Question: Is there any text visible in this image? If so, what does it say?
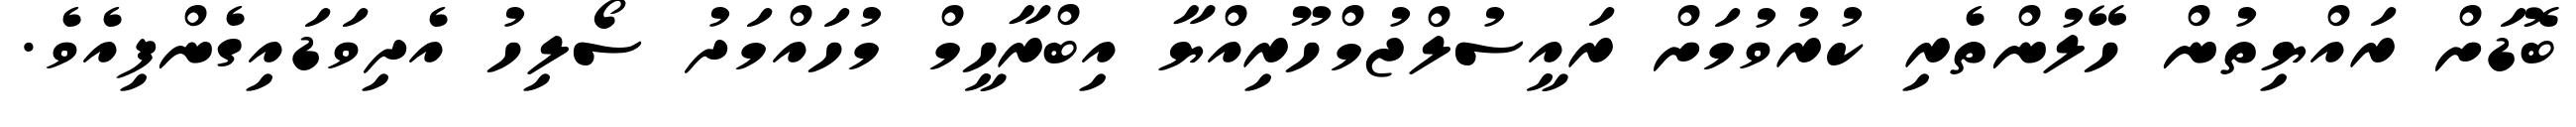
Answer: ބޮޑަށް ރައްޔިތުން ހޭލުންތެރި ކުރުވުމަށް ރައީސުލްޖުމްހޫރިއްޔާ އިބްރާހީމް މުހައްމަދު ސޯލިހު އެދިވަޑައިގެންފިއެވެ.